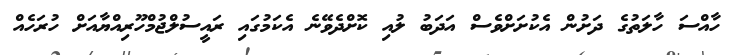
ހާއްސަ ހާލަތުގެ ދަށުން އެކުށަށްވެސް އަދަބު ލުއި ކޮށްދެވޭނެ އެކަމުގައި ރައީސުލްޖުމްހޫރިއްޔާއަށް ހުރަހެއް